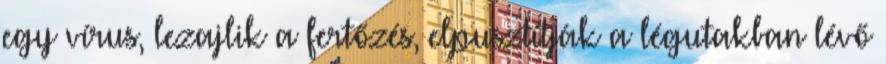
egy vírus, lezajlik a fertőzés, elpusztítják a légutakban lévő